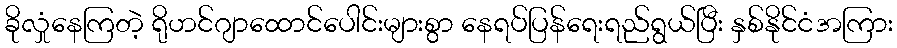
ခိုလှုံနေကြတဲ့ ရိုဟင်ဂျာထောင်ပေါင်းများစွာ နေရပ်ပြန်ရေးရည်ရွယ်ပြီး နှစ်နိုင်ငံအကြား